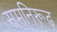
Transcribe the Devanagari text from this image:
समनिरूढ़